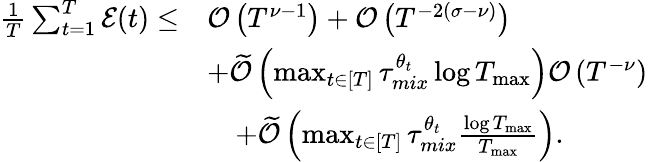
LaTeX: \begin{array}{rl}{\frac{1}{T}\sum_{t=1}^{T}\mathcal{E}(t)\leq}&{\mathcal{O}\left(T^{\nu-1}\right)+\mathcal{O}\left(T^{-2(\sigma-\nu)}\right)}\\ &{+\widetilde{\mathcal{O}}\left(\operatorname*{max}_{t\in[T]}\tau_{mix}^{\theta_{t}}\log T_{\operatorname*{max}}\right)\mathcal{O}\left(T^{-\nu}\right)}\\ &{\quad+\widetilde{\mathcal{O}}\left(\operatorname*{max}_{t\in[T]}\tau_{mix}^{\theta_{t}}\frac{\log T_{\operatorname*{max}}}{T_{\operatorname*{max}}}\right).}\end{array}